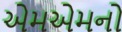
એમએમનો